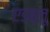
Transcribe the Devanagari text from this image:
एडब्लू